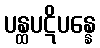
ပန္ထပဋိပန္နေ